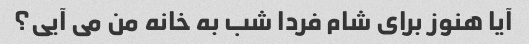
آیا هنوز برای شام فردا شب به خانه من می آیی؟